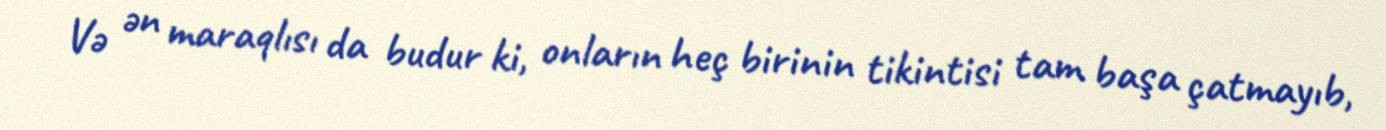
Və ən maraqlısı da budur ki, onların heç birinin tikintisi tam başa çatmayıb,